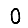
Digit: 0